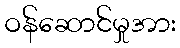
ဝန်ဆောင်မှုအား